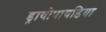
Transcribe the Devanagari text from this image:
ड्रायोपायडिया